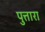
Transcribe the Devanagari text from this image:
पुत्तारा